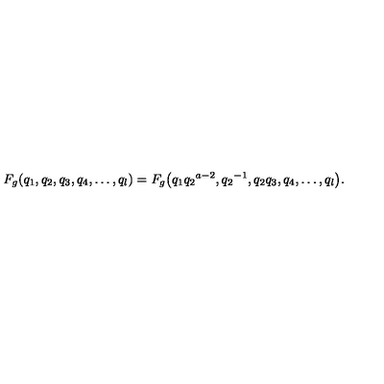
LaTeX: F _ { g } ( q _ { 1 } , q _ { 2 } , q _ { 3 } , q _ { 4 } , \ldots , q _ { l } ) = F _ { g } \bigl ( q _ { 1 } { q _ { 2 } } ^ { a - 2 } , { q _ { 2 } } ^ { - 1 } , q _ { 2 } q _ { 3 } , q _ { 4 } , \ldots , q _ { l } \bigr ) .